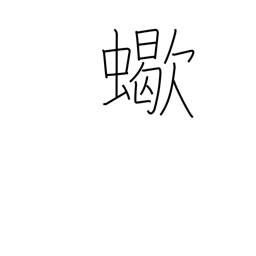
Meaning: scorpion